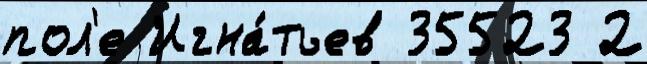
пол'е Игна́тьев 35523 2